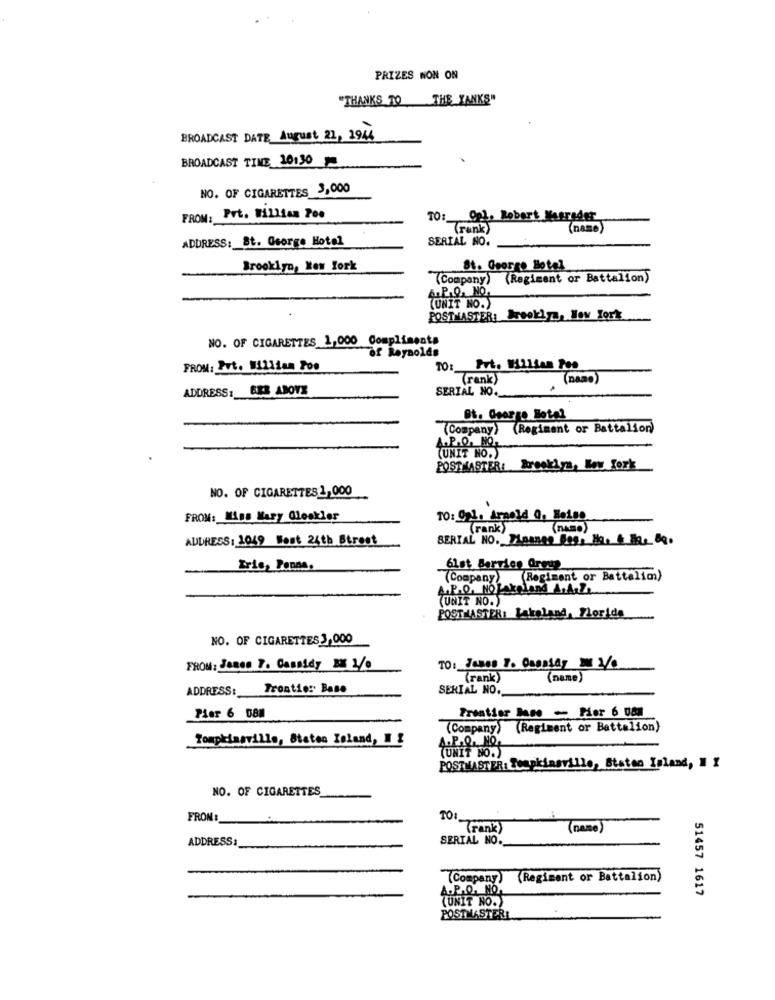
PRIZES NON ON
"THANKS TO THE YANKS"
BROADCAST DATE August 21, 1944
BROADCAST TIME 10130
NO. OF CIGARETTES 3,000
Prt. William Poe
FROM:
TO :_ Op1. Robert Masrader
(rank )
(name)
ADDRESS: St. George Hotel
SERIAL NO.
Brooklyn, New York
St. George Hotel
(Company)
(Regiment or Battalion)
&P.Q. NO.
(UNIT NO.)
POSTMASTER; Brooklyn, New York
NO. OF CIGARETTES 1,000
Compliments
of Royaolds
FROM: Put. William Too
TO: Put. #1211am Poo
(rank)
(name)
BER ABOVE
SERIAL NO.
ADDRESS :
(Company) (Regiment or Battalion)
A.P.O. NO.
(UNIT NO.)
POSTMASTER: Brooklya, Low fork
NO. OF CIGARETTES1,000
FROM: Miss Mary Cleskler
TO: 021. Arnold O, Bolso
(rank)
ADDRESS: 1049 Most 24th Street
SERIAL NO. Please 8og, No. & Hor 80.
Iris, Panna.
61st Service Group
(Company (Regiment or Battalim)
A.P.O. NO Lakeland A.A.ZL
(UNIT NO.)
POSTMASTER: Lakeland, Florida
NO. OF CIGARETTES 3,000
FROM: Jonen 7. Cassidy BM 2/0
TO: James . OneDay 10
(rank)
(name)
ADDRESS:
Trontie: Base
SERIAL NO.
Frontier base - Pier 6 088
Pier 6 08M
(Company) (Regiment or Battalion)
Tompkinsville, Staten Island, I &
A.P.Q. NO.
(UNIT NO.)
POSTMASTER: Tompkinsville, Staten Island, I Y
NO. OF CIGARETTES
FROM:
TO:
( rank )
(name)
ADDRESS:
SERIAL NO.
(Company) (Regiment or Battalion)
A.P.Q. NO,
51457 1617
(UNIT NO.)
POSTMASTER!